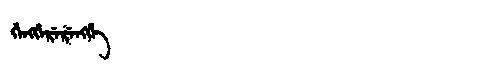
Manchu: ᡤᡝᠩᡤᡝᡵᡝᡵᡝᠩᡤᡝ
Romanization: GENGGERERENGGE